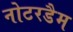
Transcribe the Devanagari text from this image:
नोटरडैम